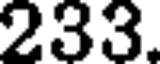
233.